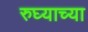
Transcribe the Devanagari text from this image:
रुघ्याच्या